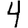
Digit: 4